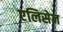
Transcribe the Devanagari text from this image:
एलिसेज